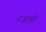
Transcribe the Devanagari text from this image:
रजश्री